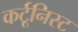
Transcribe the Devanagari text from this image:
कर्टूनिस्ट